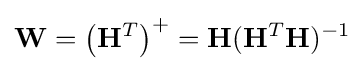
\mathbf {W} =\left(\mathbf {H} ^{T}\right)^{+}=\mathbf {H} (\mathbf {H} ^{T}\mathbf {H} )^{-1}